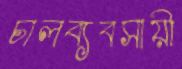
চালব্যবসায়ী